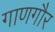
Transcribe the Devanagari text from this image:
गाणगौर